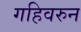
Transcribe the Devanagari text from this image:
गहिवरुन